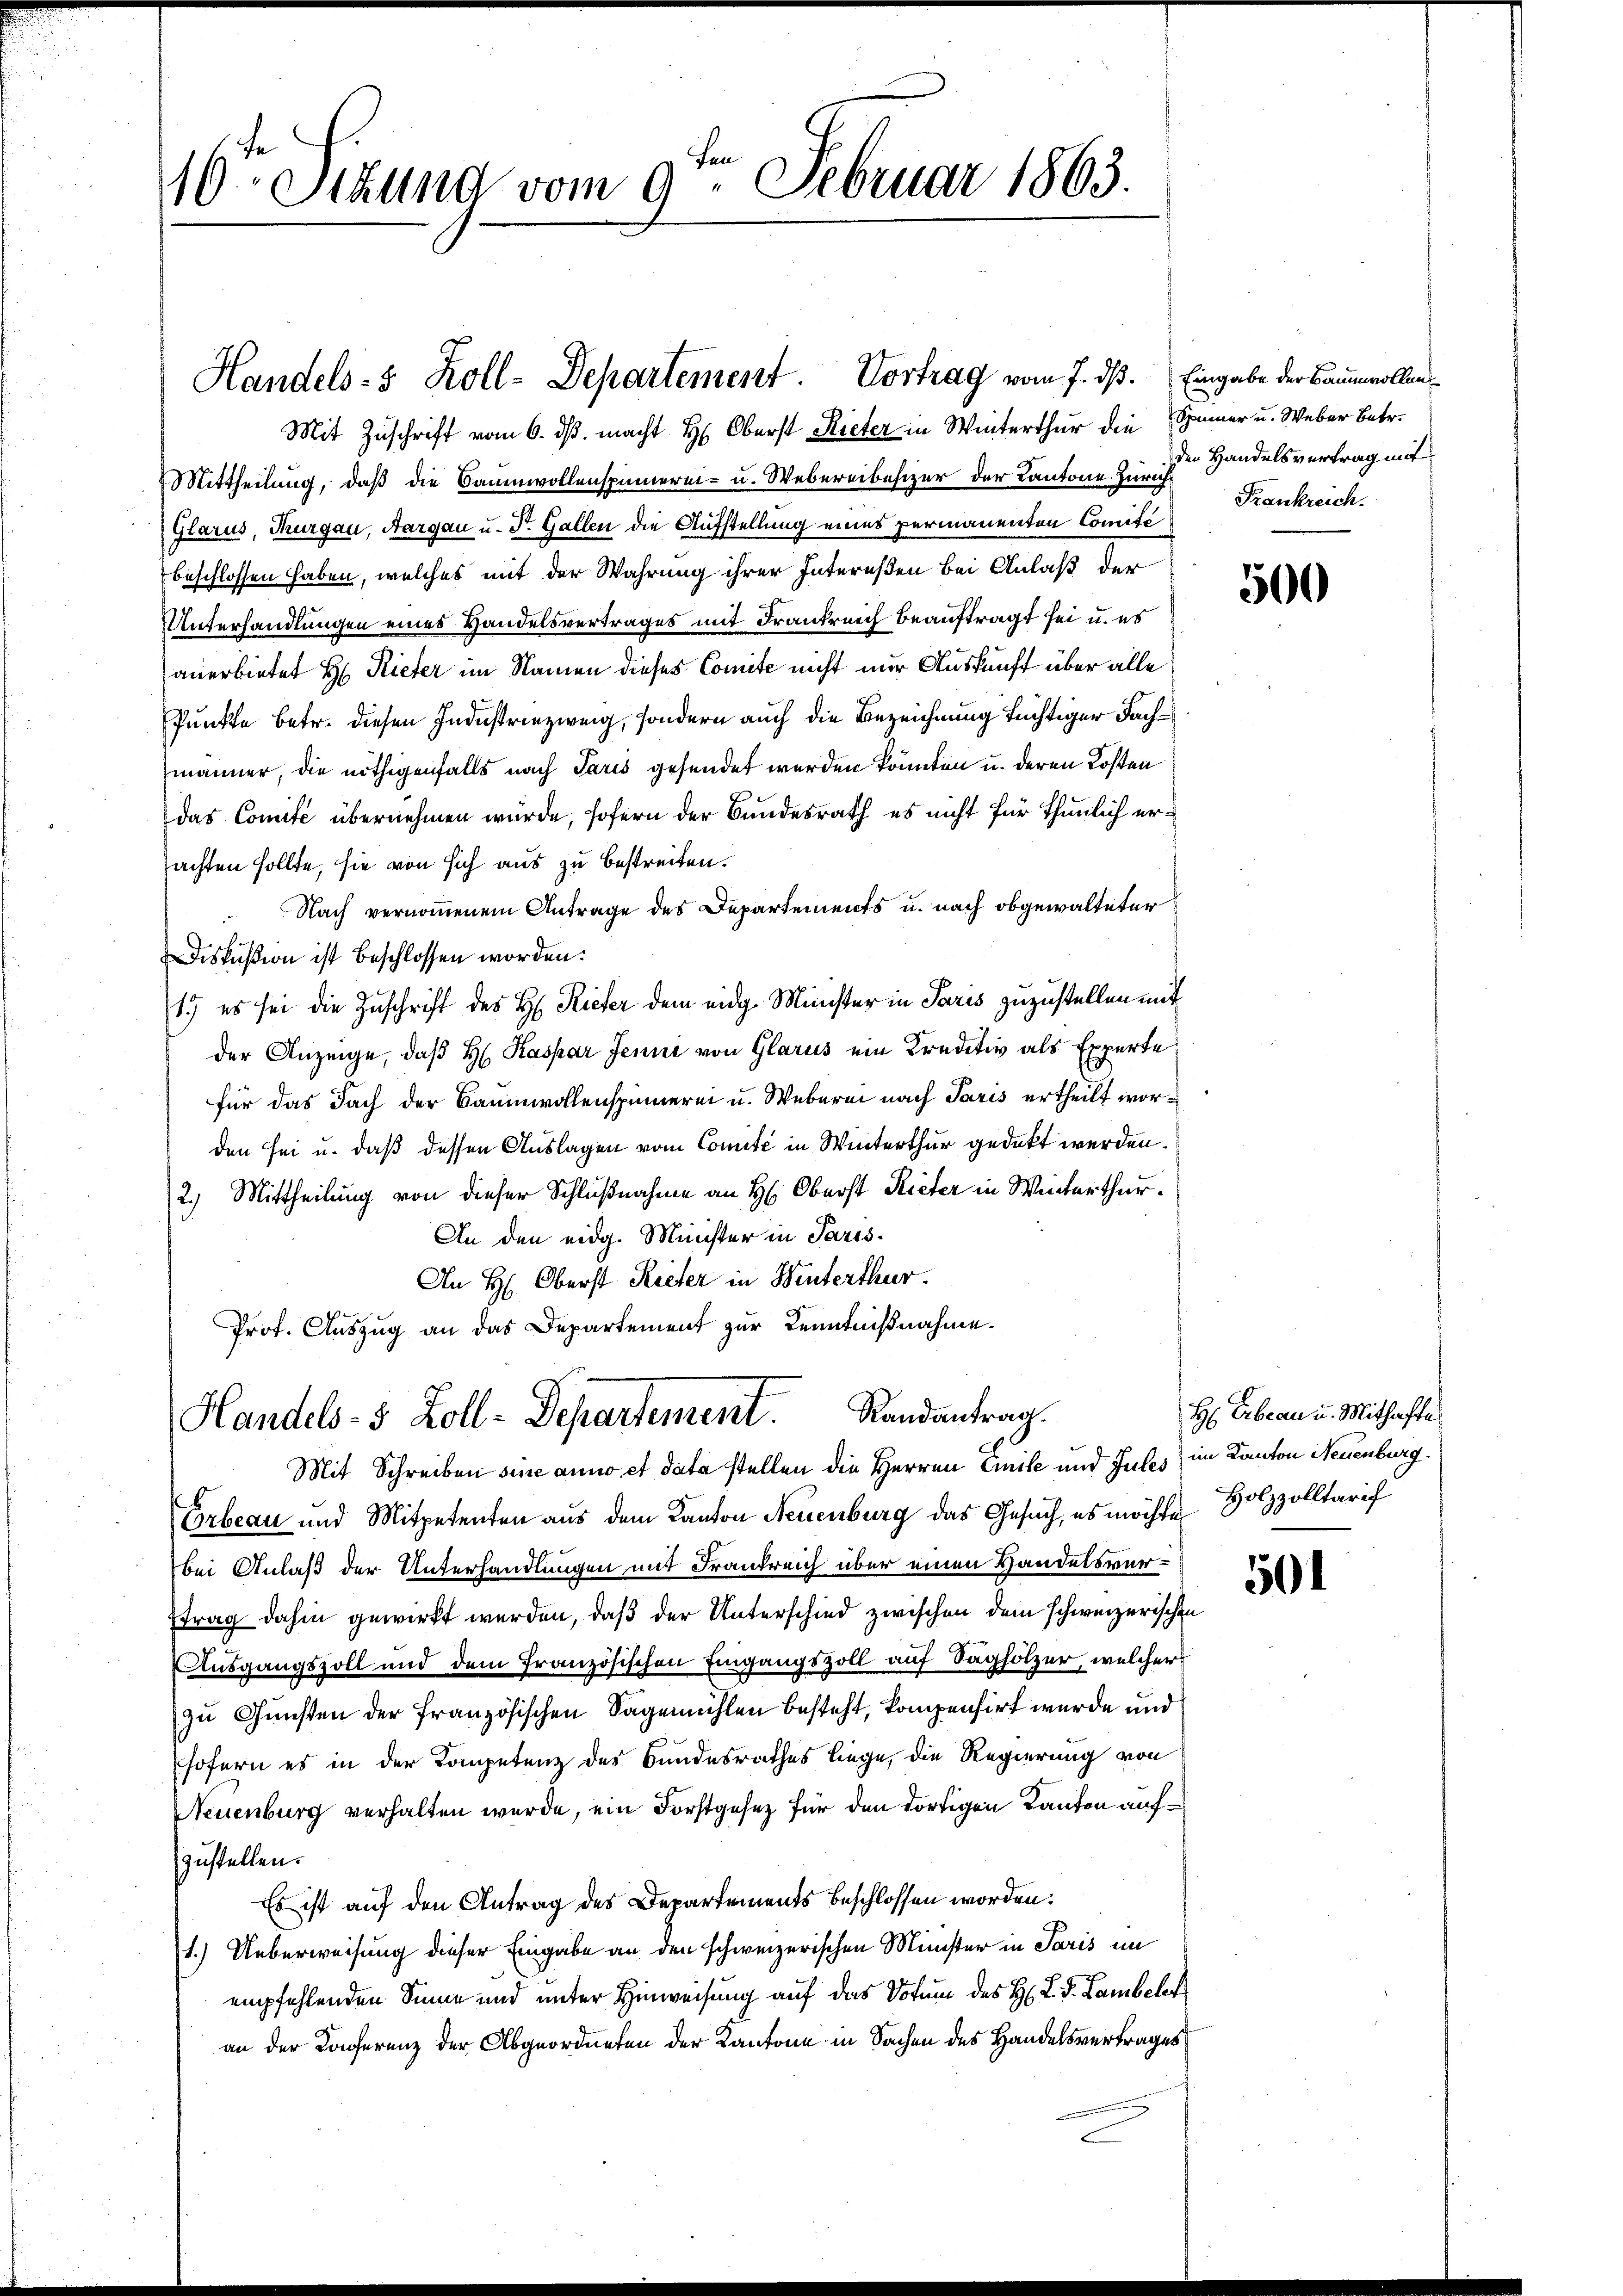
10. Stund vom 9. Februar 1863.

Handels- & Zoll-Departement. Vortrag vom 7. dß. Eingabe der Baumwollen

Mit Zuschrift vom 6. ds. macht H: Oberst Rieter in Winterthur die Spinner u. Weber Betr.
Mittheilung, daß die Baumwollenspinnerei- u. Webereibesizer der Kantone Zürich
(Glarus, Thurgau, Aargau u. Dr. Gallen die Aufstellung eines permanenten Comité
beschlossen haben, welches mit der Wahrung ihrer Intereßen bei Anlaß der
Unterhandlungen eines Handelsvertrages mit Frankreich beauftragt sei u. es
anerbietet H. Rieter im Namen dieses Comite nicht nur Auskunft über alle
Punkte betr. diesen Industriezweig, sondern auch die Bezeichnung tüchtiger Fachmänner, die nöthigenfalls nach Paris gesendet werden könnten u. deren Kosten
das Comité übernehmen würde, sofern der Bundesrath es nicht für thunlich ersachten sollte, sie von sich aus zu bestreiten.
Nach vernommenem Antrage des Departements u. nach obgewalteter
Diskußion ist beschlossen worden.
1.) es sei die Zuschrift des H. Rieter dem eidg. Minister in Paris zuzustellen mit
der Anzeige, daß H. Kaspar Jenni von Glarus ein Kreditiv als Experte
für das Fach der Baumwollenspinnerei u. Weberei nach Paris ertheilt worden sei u. daß dessen Auslagen vom Comité in Winterthur gedeckt werden.
2.) Mittheilung von dieser Schlußnahme an H: Oberst Rieter in Winterthur.
An den eidg. Minister in Paris.
An H: Oberst Rieter in Winterthur.
Prof. Auszug an das Departement zur Kenntnißnahme.

Handels- 5 Zoll-Departement. Landantrag.

Mit Schreiben sine anno et data stellen die Herren Emile und Jules im Kanton Neuenburg.
Erbeau und Mitpetenten aus dem Kanton Neuenburg das Gesuch, es möchte
bei Anlaß der Unterhandlungen mit Frankreich über einen Handelsvertrag dahin gewirkt werden, daß der Unterschied zwischen dem schweizerischen
Ausgangszoll und dem französischen Eingangszoll auf Sagholzer, welcher
zu Gunsten der französischen Sagemühlen besteht, kompensirt wurde und
sofern es in der Kompetenz des Bundesrathes liege, die Regierung von
Neuenburg verhalten wurde, ein Forstgesez für den dortigen Kanton aufzustellen.
Es ist auf den Antrag des Departements beschlossen worden:
1.) Ueberweisung dieser Eingabe an den schweizerischen Minister in Paris im
empfehlenden Sinne und unter Hinweisung auf das Votum des H. L. S. Lambelt
an der Konferenz der Abgeordneten der Kantone in Sachen des Handelsvertrages

den Handelsvertrag mit
Frankreich.

500

H: Erbeau u. Mithafte
Holzzolltarif

50